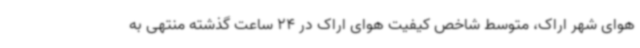
هوای شهر اراک، متوسط شاخص کیفیت هوای اراک در 24 ساعت گذشته منتهی به